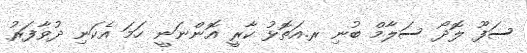
ސަފޫ ލޮދޯ ސަލާމް ބުނި ރ.އަތޮޅު ކާރީ އޮންނަނީ ހަމަ އެކަނި ދުވާފަރު